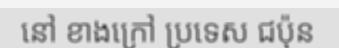
នៅ ខាងក្រៅ ប្រទេស ជប៉ុន